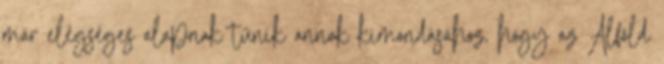
már elégséges alapnak tűnik annak kimondásához, hogy az Alföld